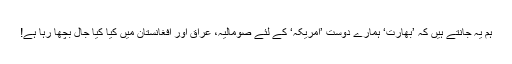
ہم یہ جانتے ہیں کہ ’بھارت‘ ہمارے دوست ’امریکہ‘ کے لئے صومالیہ، عراق اور افغانستان میں کیا کیا جال بچھا رہا ہے!